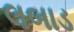
લબાડ